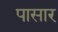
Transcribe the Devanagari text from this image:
पासार